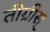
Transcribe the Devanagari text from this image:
तीग्रीस्